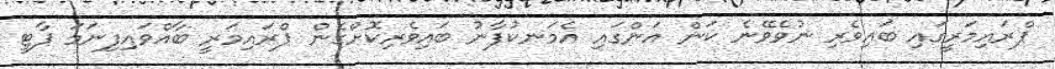
ޕްރައިމަރީގައި ބައިވެރި ނުވެވޭނެ ކަން އަންގައި އެމަނކުފާނު ބައިވެރިކޮށްގެން ޕްރައިމަރީ ބާއްވައިފިނަަމަ ޕާޓީ